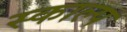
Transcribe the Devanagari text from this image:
स्काल्प